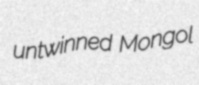
untwinned Mongol